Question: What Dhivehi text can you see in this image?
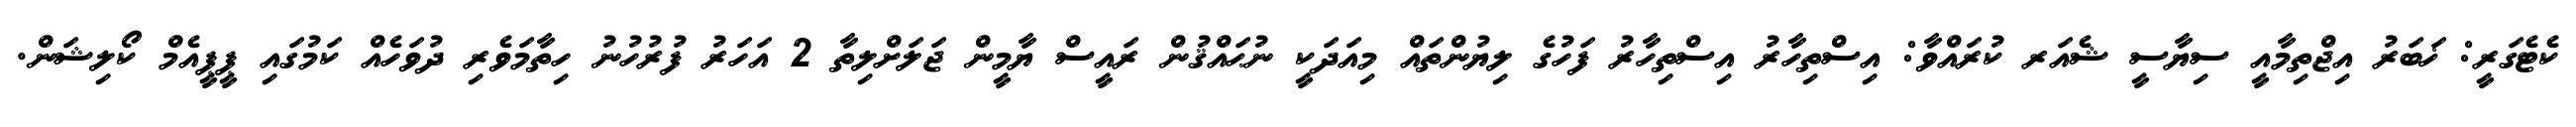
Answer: ކެޓެގަރީ: ޚަބަރު އިޖްތިމާއީ ސިޔާސީ ޝެއަރ ކުރައްވާ: އިސްތިހާރު އިސްތިހާރު ފަހުގެ ލިޔުންތައް މިއަދަކީ ނުޙައްޤުން ރައީސް ޔާމީން ޖަލަށްލިތާ 2 އަހަރު ފުރުހުނު ހިތާމަވެރި ދުވަހެއް ކަމުގައި ޕީޕީއެމް ކޯލިޝަން.